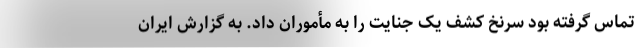
تماس گرفته بود سرنخ کشف یک جنایت را به مأموران داد. به گزارش ایران